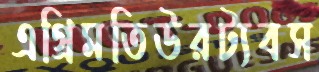
এগ্রিমতিউরট্যবস